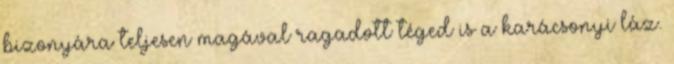
bizonyára teljesen magával ragadott téged is a karácsonyi láz.